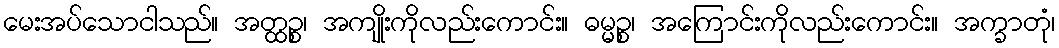
မေးအပ်သောငါသည်။ အတ္ထဉ္စ၊ အကျိုးကိုလည်းကောင်း။ ဓမ္မဉ္စ၊ အကြောင်းကိုလည်းကောင်း။ အက္ခာတုံ၊